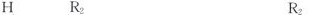
H R_{2} R_{2}